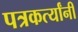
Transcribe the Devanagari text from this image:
पत्रकर्त्यांनी